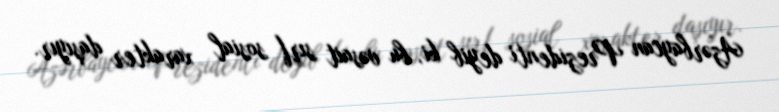
Azərbaycan Prezidenti deyib ki, bu vəsait sırf sosial xarakter daşıyır.